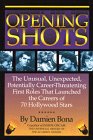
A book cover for Opening Shots; Damien Bona; Humor & Entertainment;